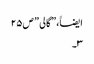
ایضاََ،” گالی ” ص۲۵
۳۔